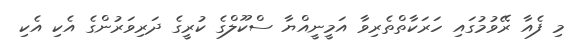
މި ފެއާ ރޭވުމުގައި ހަރަކާތްތެރިވާ އަމީނީއްޔާ ސްކޫލްގެ ކުރީގެ ދަރިވަރުންގެ އެކި އެކި